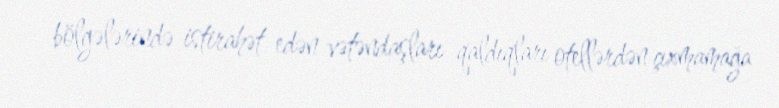
bölgələrində istirahət edən vətəndaşları qaldıqları otellərdən çıxmamağa